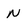
Character: N